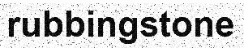
rubbingstone